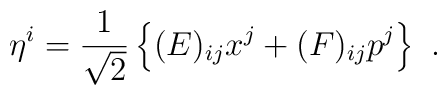
\eta^{i}= \frac{1}{\sqrt{2}}\left\{(E)_{ij}x^{j}+(F)_{ij}p^{j}\right\}\hspace{0.15cm}.